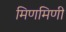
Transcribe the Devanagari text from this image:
मिणमिणी